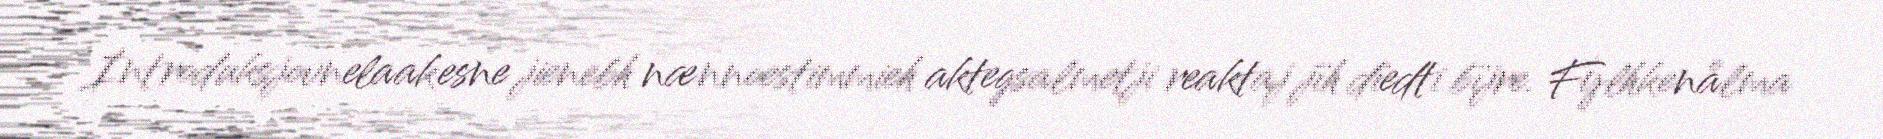
Introduksjovnelaakesne jienebh nænnoestimmieh aktegsalmetji reaktaj jïh dïedti bïjre. Fylhkenålma